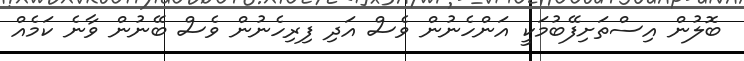
ބޮލުން އިސްތަށިފޭބުމަކީ އަންހެނުން ވެސް އަދި ފިރިހެނުން ވެސް ބޭނުން ވާނެ ކަމެއް